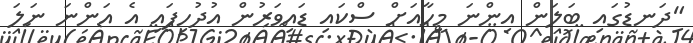
"ދަނޑުގައި ބަލަން އިންނަ މީހާއަށް ސްކައި ޑައިވަރުން އުދުހިފައި އެ އަންނަ ނަލަ